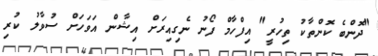
"ދޮންބެ ކޮންތާކު ތިހުރީ" އިފްހާމް ފޯނު ނެގިއިރަށް އިޝާން އަވަހަށް ސުވާލު ކުރި